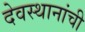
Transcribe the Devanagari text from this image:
देवस्थानांची